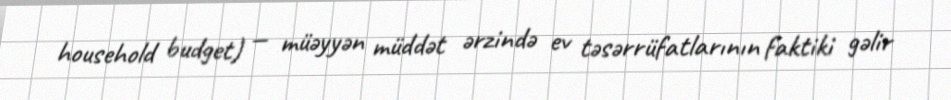
household budget) — müəyyən müddət ərzində ev təsərrüfatlarının faktiki gəlir